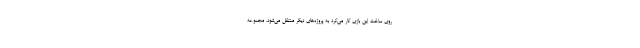
روی ساخت این بازی کار می‌کرد به پروژه‌های دیگر منتقل می‌شود. مجموعه